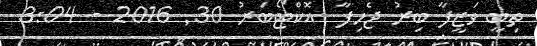
ތިބީ ވަޒީފާ ބިރު ޖެހިފާ  އޮކްޓޯބަރު 30